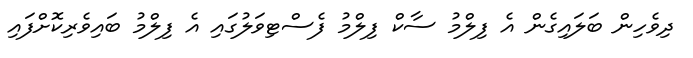
ދިވެހިން ބަލައިގެން އެ ފިލްމު ސާކް ފިލްމު ފެސްޓިވަލުގައި އެ ފިލްމު ބައިވެރިކޮށްފައި